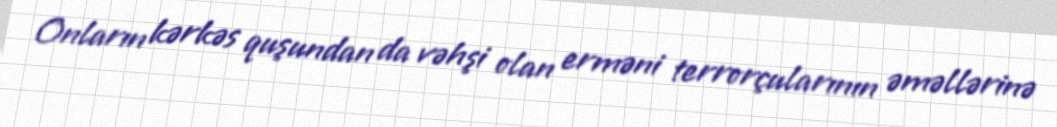
Onların kərkəs quşundan da vəhşi olan erməni terrorçularının əməllərinə